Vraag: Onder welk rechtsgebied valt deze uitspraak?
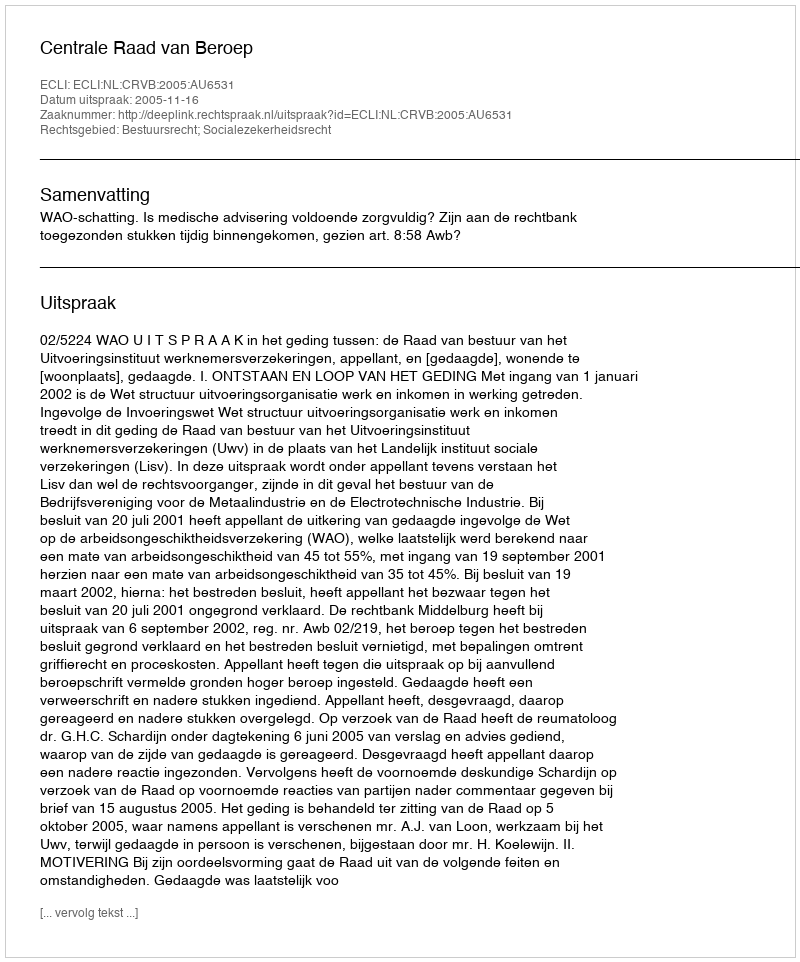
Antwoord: Bestuursrecht; Socialezekerheidsrecht